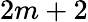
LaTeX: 2m+2